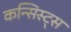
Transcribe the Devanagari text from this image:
कन्सिस्ट्स